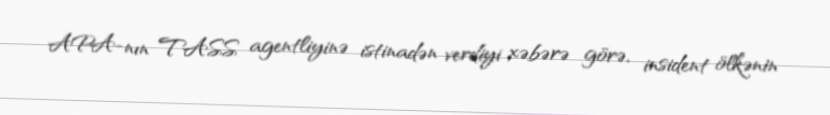
APA-nın TASS agentliyinə istinadən verdiyi xəbərə görə, insident ölkənin